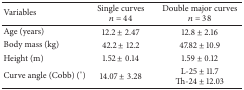
| Variables | Single curves n = 44 | Double major curves n = 38 |
 | --- | --- | --- |
 | Age (years) | 12.2 ± 2.47 | 12.8 ± 2.16 |
 | Body mass (kg) | 42.2 ± 12.2 | 47.82 ± 10.9 |
 | Height (m) | 1.52 ± 0.14 | 1.59 ± 0.12 |
 | Curve angle (Cobb) (°) | 14.07 ± 3.28 | L-25 ± 11.7Th-24 ± 12.03 |